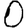
Digit: 0